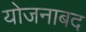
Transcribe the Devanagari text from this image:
योजनाबद